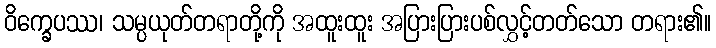
ဝိက္ခေပဿ၊ သမ္ပယုတ်တရာတို့ကို အထူးထူး အပြားပြားပစ်လွှင့်တတ်သော တရား၏။